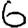
Digit: 6